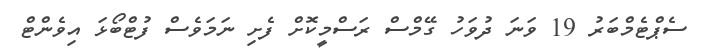
ސެޕްޓެމްބަރު 19 ވަނަ ދުވަހު ގޭމްސް ރަސްމީކޮށް ފެށި ނަމަވެސް ފުޓްބޯޅަ އިވެންޓް